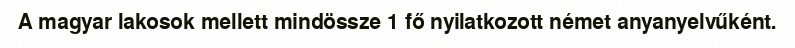
A magyar lakosok mellett mindössze 1 fő nyilatkozott német anyanyelvűként.